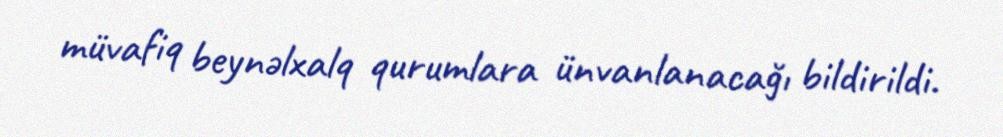
müvafiq beynəlxalq qurumlara ünvanlanacağı bildirildi.